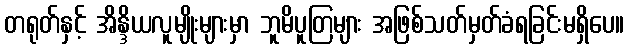
တရုတ်နှင့် အိန္ဒိယလူမျိုးများမှာ ဘူမိပူတြများ အဖြစ်သတ်မှတ်ခံရခြင်းမရှိပေ။